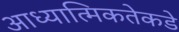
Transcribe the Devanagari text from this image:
आध्यात्मिकतेकडे